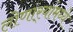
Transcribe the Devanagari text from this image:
लोणार्‍यांमध्ये